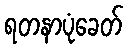
ရတနာပုံခေတ်